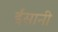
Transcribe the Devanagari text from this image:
ईंसानी